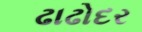
ઢાઢોદર